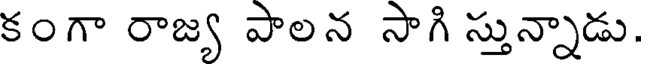
కంగా రాజ్య పాలన సాగి స్తున్నాడు.